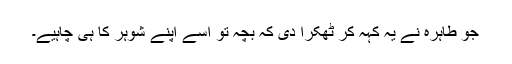
جو طاہرہ نے یہ کہہ کر ٹھکرا دی کہ بچہ تو اسے اپنے شوہر کا ہی چاہیے۔